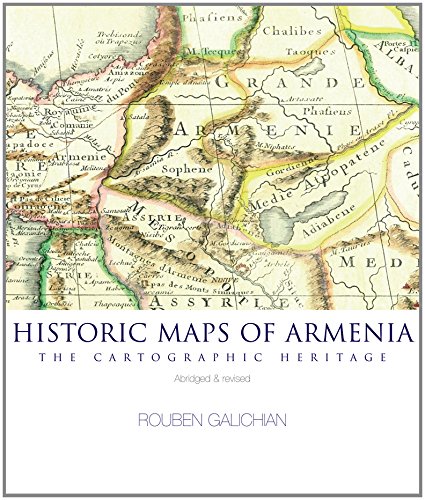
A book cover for Historic Maps of Armenia: The Cartographic Heritage; Rouben Galichian; Travel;